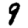
Digit: 9